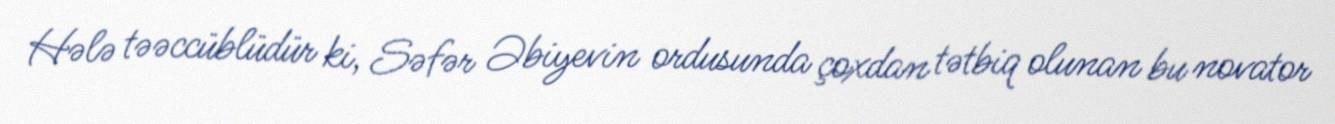
Hələ təəccüblüdür ki, Səfər Əbiyevin ordusunda çoxdan tətbiq olunan bu novator